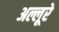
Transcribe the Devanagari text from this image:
अल्लूरे